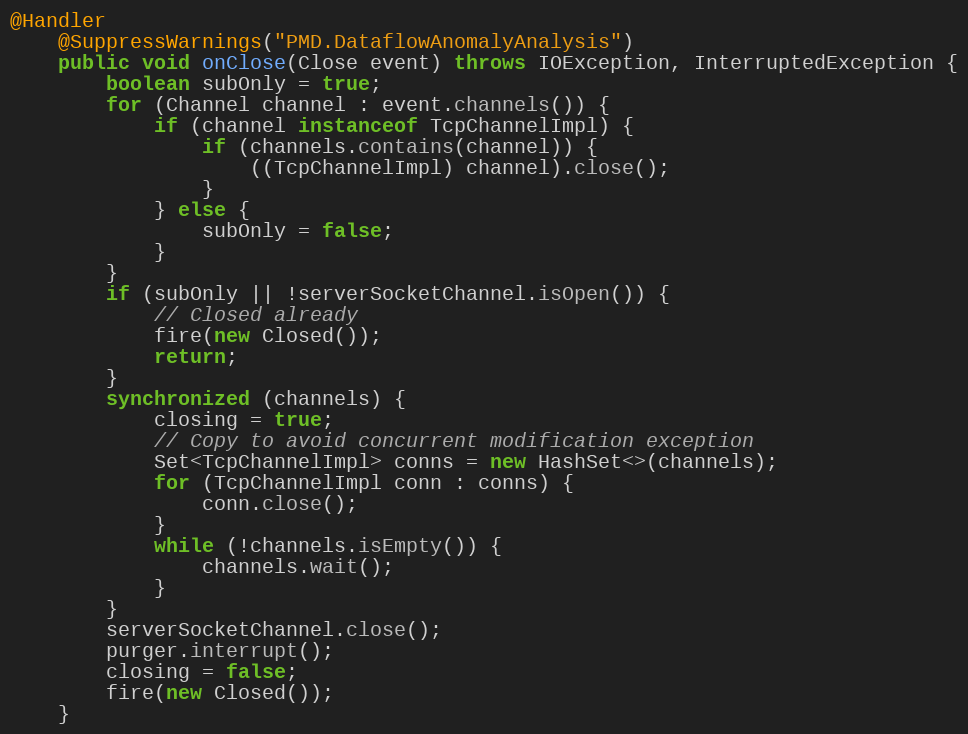
Language: Java
@Handler
    @SuppressWarnings("PMD.DataflowAnomalyAnalysis")
    public void onClose(Close event) throws IOException, InterruptedException {
        boolean subOnly = true;
        for (Channel channel : event.channels()) {
            if (channel instanceof TcpChannelImpl) {
                if (channels.contains(channel)) {
                    ((TcpChannelImpl) channel).close();
                }
            } else {
                subOnly = false;
            }
        }
        if (subOnly || !serverSocketChannel.isOpen()) {
            // Closed already
            fire(new Closed());
            return;
        }
        synchronized (channels) {
            closing = true;
            // Copy to avoid concurrent modification exception
            Set<TcpChannelImpl> conns = new HashSet<>(channels);
            for (TcpChannelImpl conn : conns) {
                conn.close();
            }
            while (!channels.isEmpty()) {
                channels.wait();
            }
        }
        serverSocketChannel.close();
        purger.interrupt();
        closing = false;
        fire(new Closed());
    }